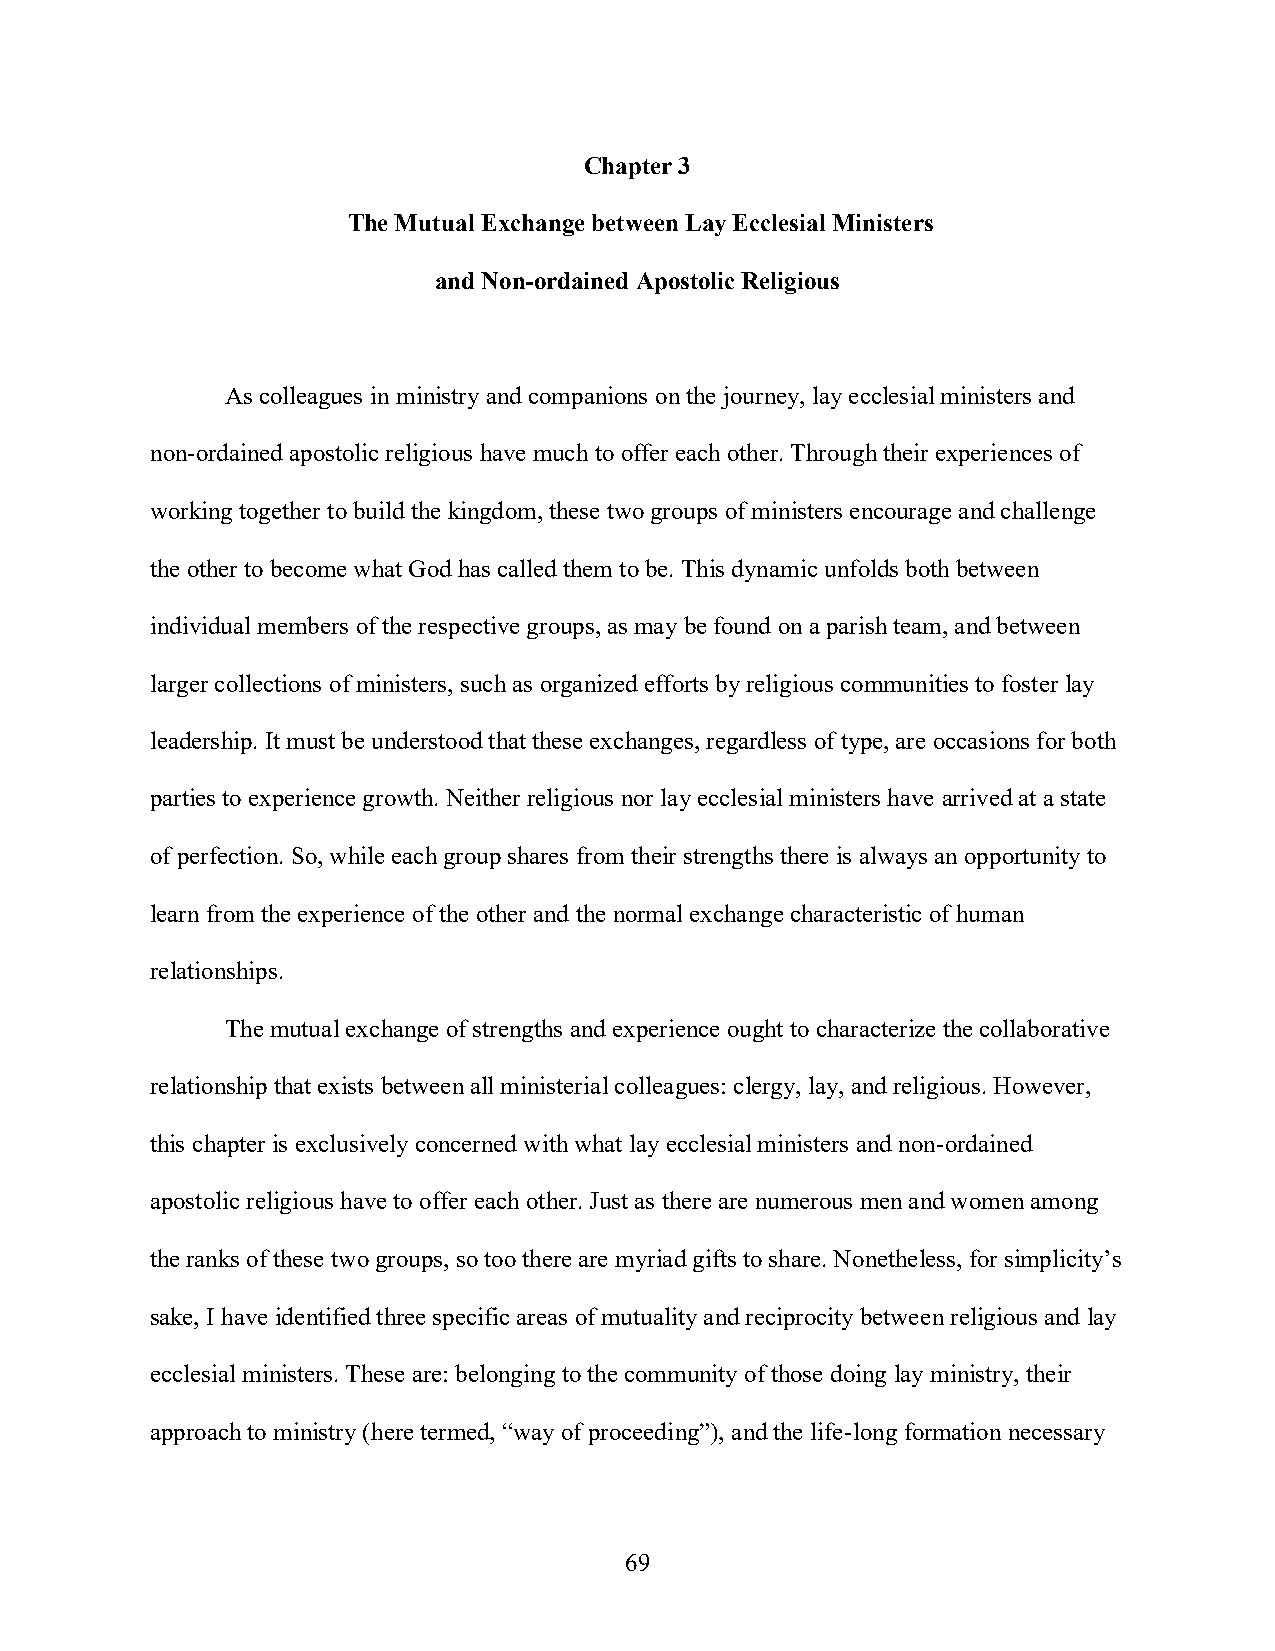
Chapter 3
 The Mutual Exchange between Lay Ecclesial Ministers
 and Non-ordained Apostolic Religious
 As colleagues in ministry and companions on the journey, lay ecclesial ministers and
 non-ordained apostolic religious have much to offer each other. Through their experiences of
 working together to build the kingdom, these two groups of ministers encourage and challenge
 the other to become what God has called them to be. This dynamic unfolds both between
 individual members of the respective groups, as may be found on a parish team, and between
 larger collections of ministers, such as organized efforts by religious communities to foster lay
 leadership. It must be understood that these exchanges, regardless of type, are occasions for both
 parties to experience growth. Neither religious nor lay ecclesial ministers have arrived at a state
 of perfection. So, while each group shares from their strengths there is always an opportunity to
 learn from the experience of the other and the normal exchange characteristic of human
 relationships.
 The mutual exchange of strengths and experience ought to characterize the collaborative
 relationship that exists between all ministerial colleagues: clergy, lay, and religious. However,
 this chapter is exclusively concerned with what lay ecclesial ministers and non-ordained
 apostolic religious have to offer each other. Just as there are numerous men and women among
 the ranks of these two groups, so too there are myriad gifts to share. Nonetheless, for simplicity’s
 sake, I have identified three specific areas of mutuality and reciprocity between religious and lay
 ecclesial ministers. These are: belonging to the community of those doing lay ministry, their
 approach to ministry (here termed, “way of proceeding”), and the life-long formation necessary
 69